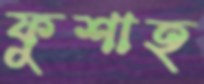
ফুশাহ